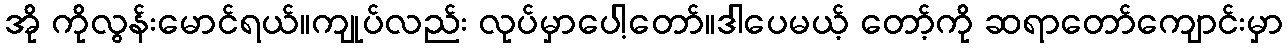
အို ကိုလွန်းမောင်ရယ်။ကျုပ်လည်း လုပ်မှာပေါ့တော်။ဒါပေမယ့် တော့်ကို ဆရာတော်ကျောင်းမှာ